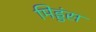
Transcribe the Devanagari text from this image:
मिड्डंस